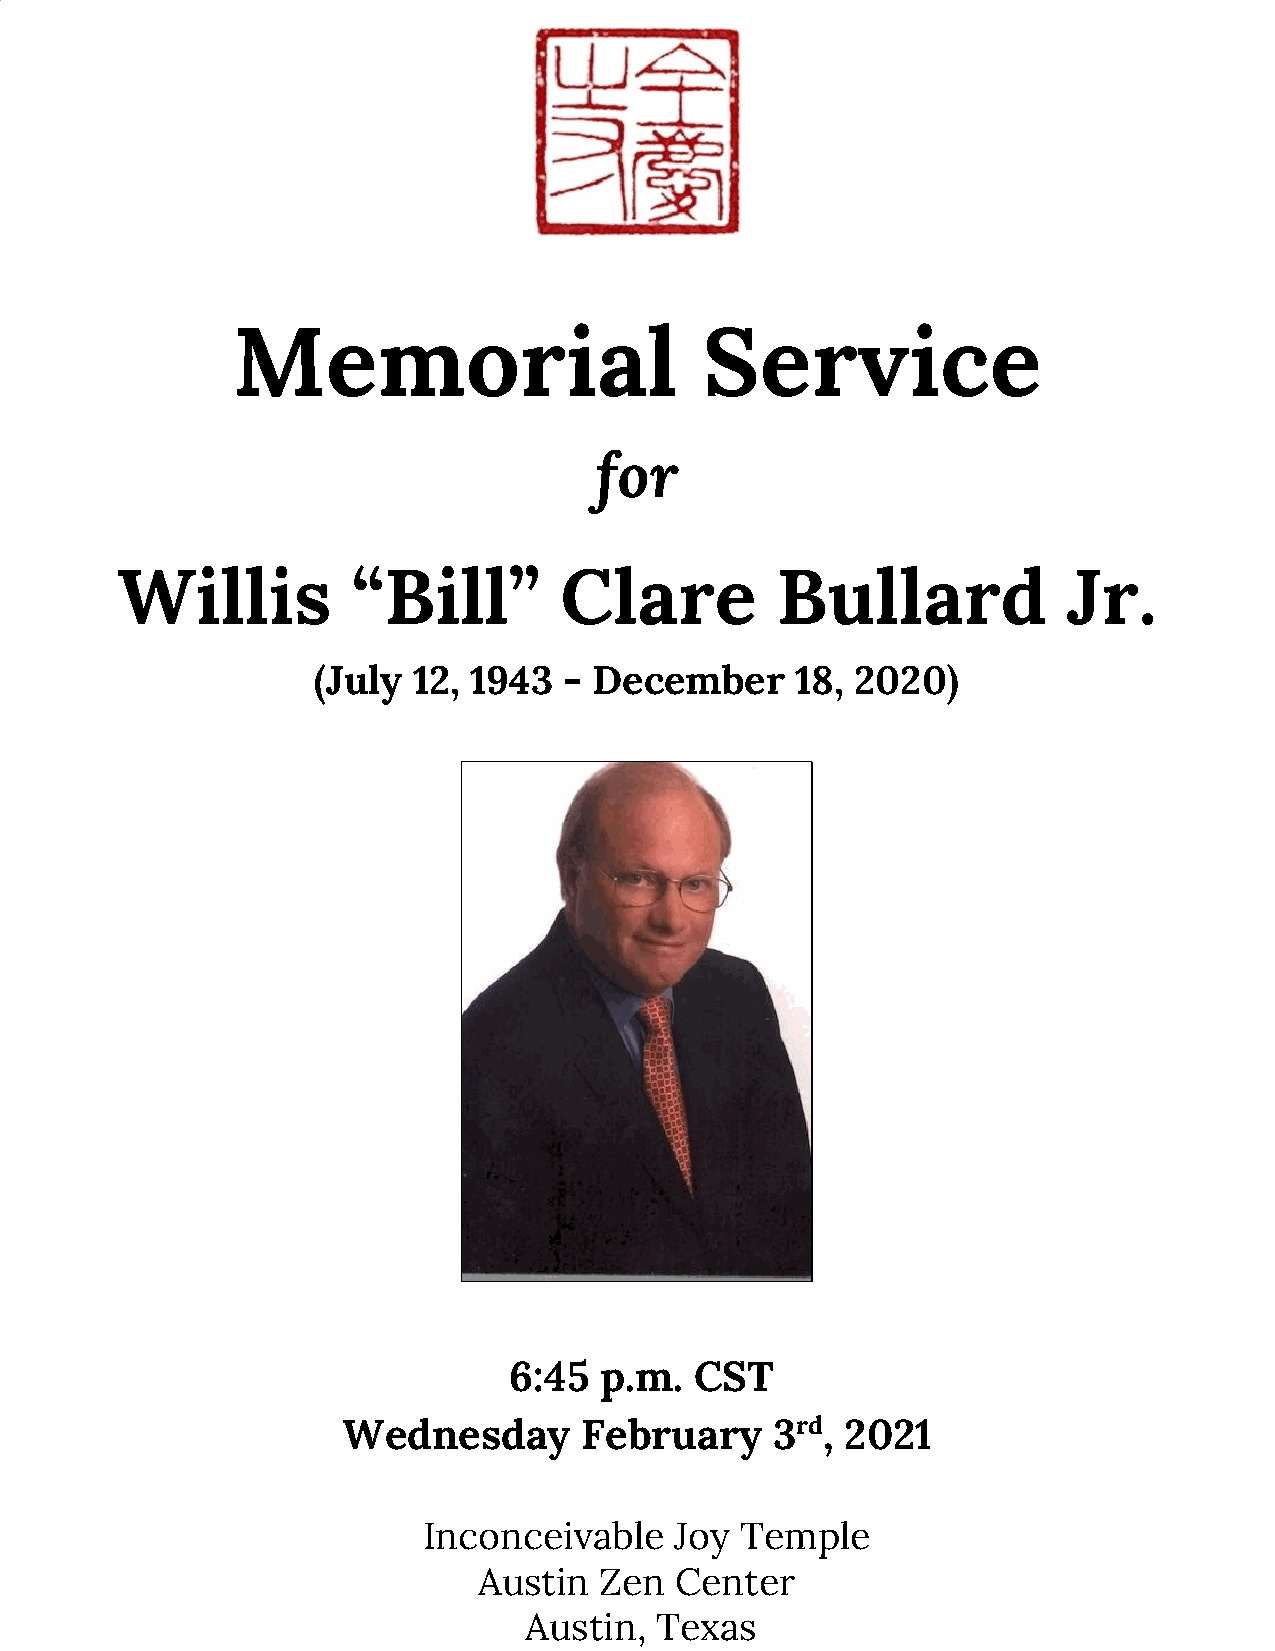
Memorial                        Service
 for
 Willis         “Bill”        Clare         Bullard             Jr.
 (July 12, 1943  - December      18, 2020)
 6:45  p.m.  CST
 Wednesday      February     3rd, 2021
 ​
 ​
 Inconceivable    Joy Temple
 Austin  Zen  Center
 Austin, Texas